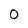
Character: O